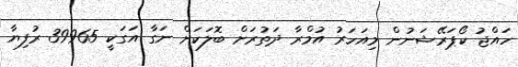
ހައްޖު ކޯޕަރޭޝަނުން މިއަހަރު އުމްރާ ދަތުރަށް ބޮލަކަށް ނަގާ އަގަކީ 39965 ރުފިޔާ